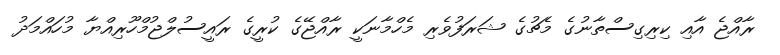
ރާއްޖެ އާއި ކިރިގިސްތާނުގެ މެޗުގެ ޝަރަފުވެރި މެހްމާނަކީ ރާއްޖޭގެ ކުރީގެ ރައީސުލްޖުމްހޫރިއްޔާ މުހައްމަދު